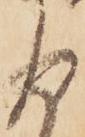
返